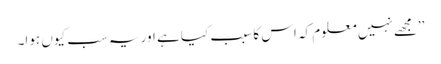
’’مجھے نہیں معلوم کہ اس کا سبب کیا ہے اور یہ سب کیوں ہوا۔